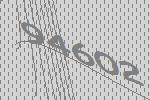
94602